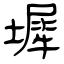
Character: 墀